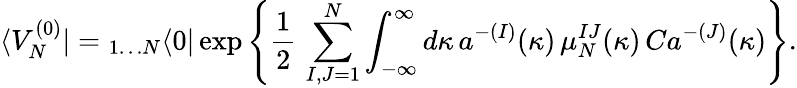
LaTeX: \langle V_{N}^{(0)}|={}_{1\dots N}\langle 0|\exp\left\{ \frac{1}{2}\, \sum_{I,J=1}^{N}\int_{-\infty}^{\infty}d\kappa\, a^{-(I)}(\kappa)\, \mu_{N}^{IJ}(\kappa)\, Ca^{-(J)}(\kappa)\right\} .